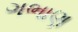
ગભાણ